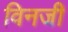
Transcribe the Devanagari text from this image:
विनजी